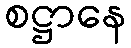
စဋ္ဌာနေ